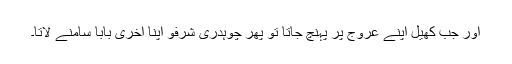
اور جب کھیل اپنے عروج پر پہنچ جاتا تو پھر چوہدری شرفو اپنا آخری بابا سامنے لاتا۔